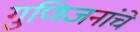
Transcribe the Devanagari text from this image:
गुणिजनांचे